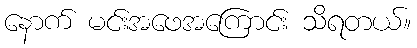
နောက် မင်းအဖေအကြောင်း သိရတယ်။